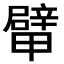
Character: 𨐴